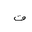
Letter: _qaf